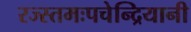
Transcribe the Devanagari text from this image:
रज्स्तमःपचेन्द्रियानी